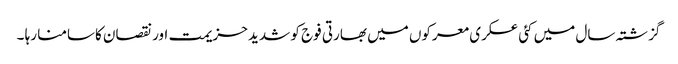
گزشتہ سال میں کئی عسکری معرکوں میں بھارتی فوج کو شدید حزیمت اور نقصان کاسامنا رہا ۔